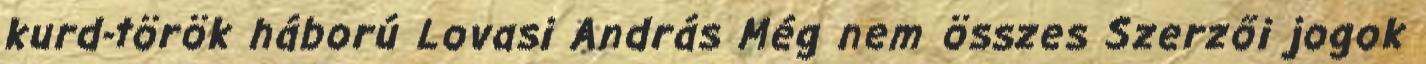
kurd-török háború Lovasi András Még nem összes Szerzői jogok